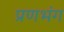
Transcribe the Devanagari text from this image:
प्रणभंग